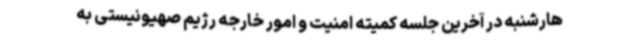
هارشنبه در آخرین جلسه کمیته امنیت و امور خارجه رژیم صهیونیستی به